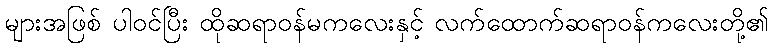
များအဖြစ် ပါဝင်ပြီး ထိုဆရာဝန်မကလေးနှင့် လက်ထောက်ဆရာဝန်ကလေးတို့၏